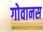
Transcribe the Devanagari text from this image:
गोवानस